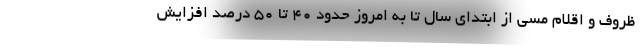
ظروف و اقلام مسی از ابتدای سال تا به امروز حدود ۴۰ تا ۵۰ درصد افزایش